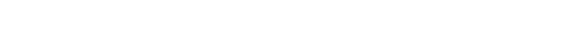
သွား၍။ အာကာသေ၊ ကောင်းကင်၌။ အဋ္ဌာသိ၊ တည်ပြီ။ အထ၊ ထိုအခါ၌။